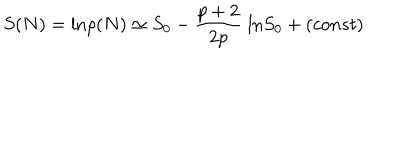
S ( N ) = \mathrm { l n } \rho ( N ) \simeq S _ { 0 } - \frac { p + 2 } { 2 p } \; \mathrm { l n } S _ { 0 } + ( c o n s t )